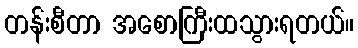
တန်းစီတာ အစောကြီးထသွားရတယ်။